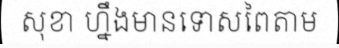
សុខា ហ្នឹងមានទោសពៃតាម